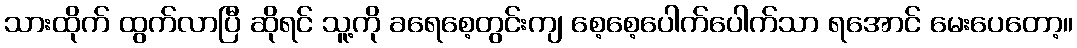
သားထိုက် ထွက်လာပြီ ဆိုရင် သူ့ကို ခရေစေ့တွင်းကျ စေ့စေ့ပေါက်ပေါက်သာ ရအောင် မေးပေတော့။